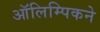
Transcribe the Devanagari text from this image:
ऑलिम्पिकने